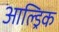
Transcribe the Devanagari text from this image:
आल्ड्रिक